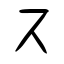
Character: ス